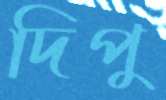
দিপু